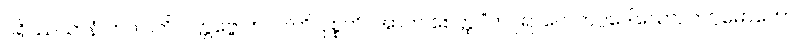
ပရိဿယာနံ ဘဂ္ဂဝါတိ ဝတ္တဗ္ဗေ ဘဂဝါတိ ဝုစ္စတိ။ အာဟ စေတ္ထ “ဘဂ္ဂရာဂေါ ဘဂ္ဂဒေါသော, ဘဂ္ဂမောဟော